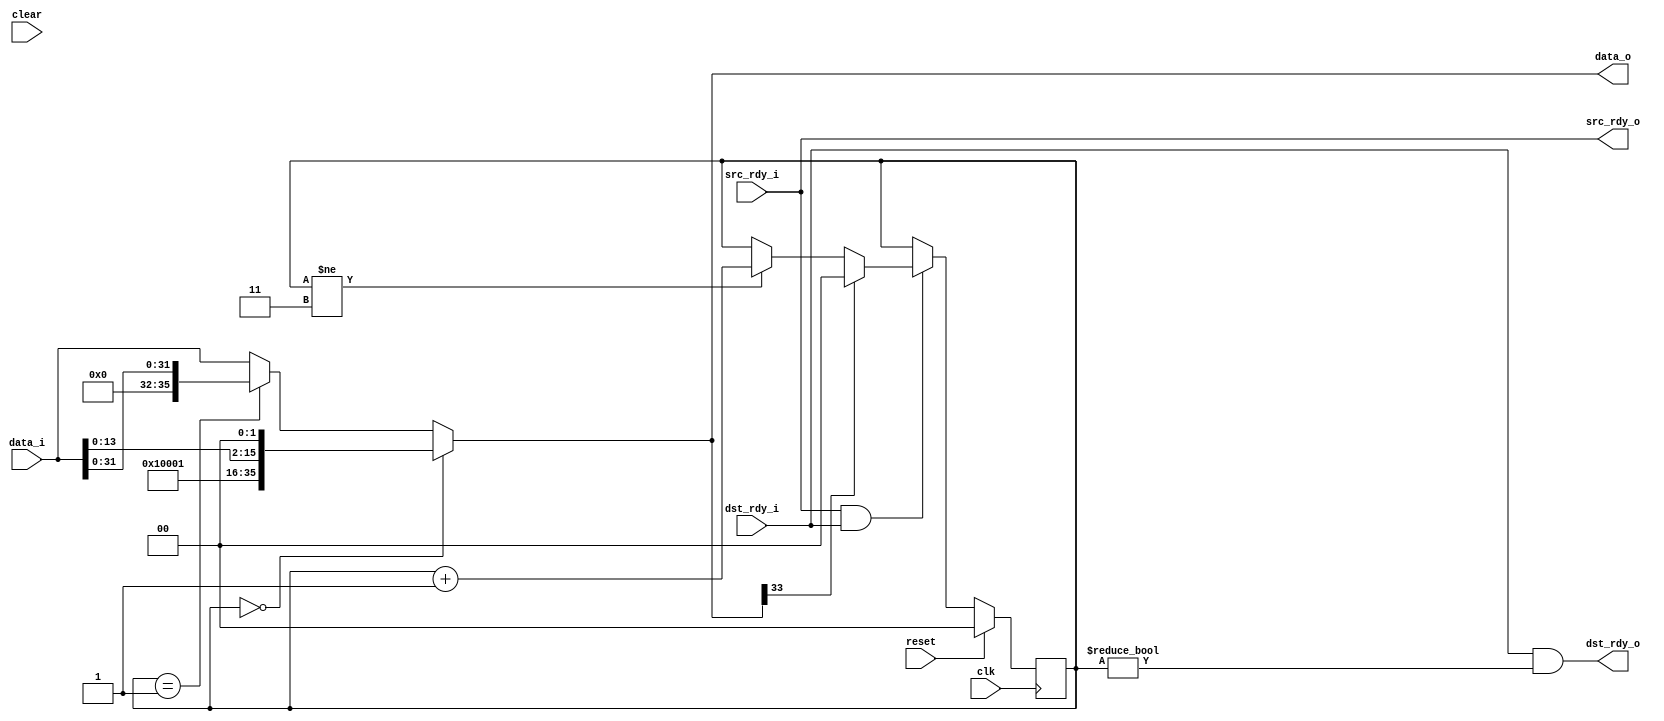
//
// Copyright 2011 Ettus Research LLC
//
// This program is free software: you can redistribute it and/or modify
// it under the terms of the GNU General Public License as published by
// the Free Software Foundation, either version 3 of the License, or
// (at your option) any later version.
//
// This program is distributed in the hope that it will be useful,
// but WITHOUT ANY WARRANTY; without even the implied warranty of
// MERCHANTABILITY or FITNESS FOR A PARTICULAR PURPOSE.  See the
// GNU General Public License for more details.
//
// You should have received a copy of the GNU General Public License
// along with this program.  If not, see <http://www.gnu.org/licenses/>.
//

module add_routing_header
  #(parameter PORT_SEL = 0,
    parameter PROT_ENG_FLAGS = 1)
   (input clk, input reset, input clear,
    input [35:0] data_i, input src_rdy_i, output dst_rdy_o,
    output [35:0] data_o, output src_rdy_o, input dst_rdy_i);

   reg [1:0] 	  line;
   wire [1:0] 	  port_sel_bits = PORT_SEL;
   wire [15:0] 	  len = data_i[15:0];
   
   always @(posedge clk)
     if(reset)
       line <= PROT_ENG_FLAGS ? 0 : 1;
     else
       if(src_rdy_o & dst_rdy_i)
	 if(data_o[33])
	   line <= PROT_ENG_FLAGS ? 0 : 1;
	 else
	   if(line != 3)
	     line <= line + 1;

   assign data_o = (line == 0) ? {4'b0001, 13'b0, port_sel_bits, 1'b1, len[13:0],2'b00} :
		   (line == 1) ? {3'b000, (PROT_ENG_FLAGS ? 1'b0: 1'b1), data_i[31:0]} : 
		   data_i[35:0];

   assign dst_rdy_o = dst_rdy_i & (line != 0);
   assign src_rdy_o = src_rdy_i;
   
endmodule // add_routing_header